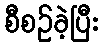
စီစဉ်ခဲ့ပြီး